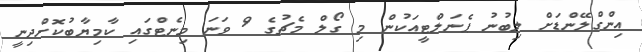
އިންގްލޭންޑަށް ލިބުނު ޕެނަލްޓީއަކުން މި ގޯލް މެޗުގެ 9 ވަނަ މިނެޓްގައި ކާމިޔާބުކޮށްދިނީ